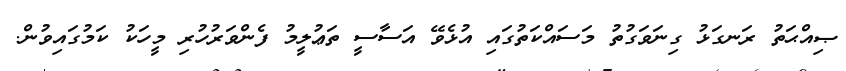
ޞިއްޙަތު ރަނގަޅު ގިނަވަގުތު މަސައްކަތުގައި އުޅެވޭ އަސާސީ ތަޢުލީމު ފެންވަރުހުރި މީހަކު ކަމުގައިވުން.